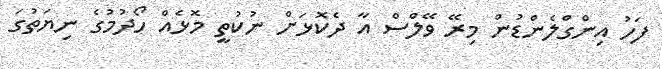
ފަހު އިންގްލެންޑުން މިރޭ ވޭލްސް އާ ދެކޮޅަށް ނުކުތީ މޮޅެއް ހޯދުމުގެ ނިޔަތުގަ